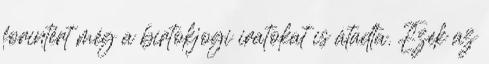
forintért még a birtokjogi iratokat is átadta. Ezek az